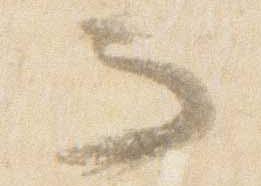
而